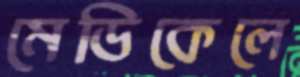
মেডিকেলে